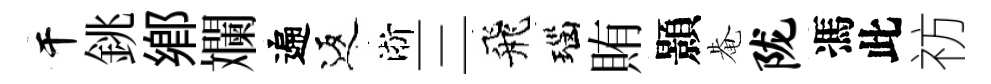
干銚郷斕遍返淅三飛瑙賄顥𤲅陇馮此祊